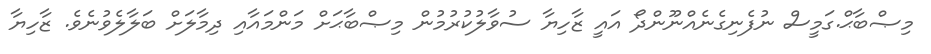
މިޞްބާޙް.ގަމީސް ނުފެނިގެނެއްނޫންދޯ އައީ ޒާހިޔާ ސުވާލުކުރުމުން މިޞްބާޙަށް މަންމައާއި ދިމާލަށް ބަލާލެވުނެވެ. ޒާހިޔާ